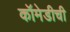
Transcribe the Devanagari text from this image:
कॉमेडीची